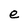
Character: e